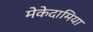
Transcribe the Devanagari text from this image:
मेकेदामिया